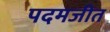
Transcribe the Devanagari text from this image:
पदमजीत